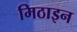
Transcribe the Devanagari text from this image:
मिठाइन